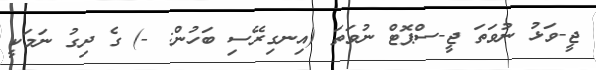
ޖީ-ވަޅު ނުވަތަ ޖީ-ސްޕޮޓް ނުވަތަ (އިނގިރޭސި ބަހުން: -) ގެ ދިގު ނަމަކީ